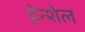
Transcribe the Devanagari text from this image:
हेन्शेल